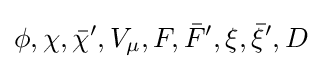
\phi ,\chi ,{\bar {\chi }}',V_{\mu },F,{\bar {F}}',\xi ,{\bar {\xi }}',D